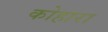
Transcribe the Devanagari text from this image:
कोहारा